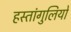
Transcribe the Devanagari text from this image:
हस्तांगुलियों